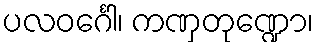
ပလဝင်္ဂေါ၊ ကဏှတုဏ္ဍော၊